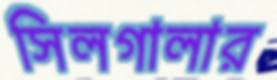
সিলগালার